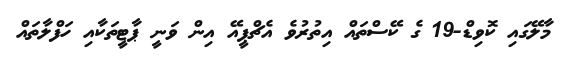
މާލޭގައި ކޮވިޑް-19 ގެ ކޭސްތައް އިތުރުވެ އެޗްޕީއޭ އިން ވަނީ ޕާޓީތަކާއި ހަފްލާތައް